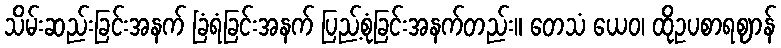
သိမ်းဆည်းခြင်းအနက် ခြံရံခြင်းအနက် ပြည့်စုံခြင်းအနက်တည်း။ တေသံ ယေဝ၊ ထိုဥပစာရဈာန်